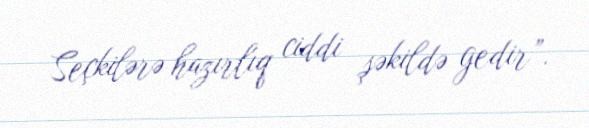
Seçkilərə hazırlıq ciddi şəkildə gedir”.